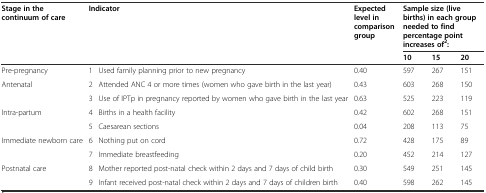
<table><thead><tr><td rowspan="2"><b>Stage in the continuum of care</b></td><td rowspan="2" colspan="2"><b>Indicator</b></td><td rowspan="2"><b>Expected level in comparison group</b></td><td colspan="3"><b>Sample size (live births) in each group needed to find percentage point increases of<sup>2</sup>:</b></td></tr><tr><td><b>10</b></td><td><b>15</b></td><td><b>20</b></td></tr></thead><tbody><tr><td>Pre-pregnancy</td><td>1</td><td>Used family planning prior to new pregnancy</td><td>0.40</td><td>597</td><td>267</td><td>151</td></tr><tr><td>Antenatal</td><td>2</td><td>Attended ANC 4 or more times (women who gave birth in the last year)</td><td>0.43</td><td>603</td><td>268</td><td>150</td></tr><tr><td></td><td>3</td><td>Use of IPTp in pregnancy reported by women who gave birth in the last year</td><td>0.63</td><td>525</td><td>223</td><td>119</td></tr><tr><td>Intra-partum</td><td>4</td><td>Births in a health facility</td><td>0.42</td><td>602</td><td>268</td><td>151</td></tr><tr><td></td><td>5</td><td>Caesarean sections</td><td>0.04</td><td>208</td><td>113</td><td>75</td></tr><tr><td>Immediate newborn care</td><td>6</td><td>Nothing put on cord</td><td>0.72</td><td>428</td><td>175</td><td>89</td></tr><tr><td></td><td>7</td><td>Immediate breastfeeding</td><td>0.20</td><td>452</td><td>214</td><td>127</td></tr><tr><td>Postnatal care</td><td>8</td><td>Mother reported post-natal check within 2 days and 7 days of child birth</td><td>0.30</td><td>549</td><td>251</td><td>145</td></tr><tr><td></td><td>9</td><td>Infant received post-natal check within 2 days and 7 days of children birth</td><td>0.40</td><td>598</td><td>262</td><td>145</td></tr></tbody></table>